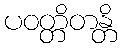
ပဝတ္တိတန္တိ